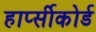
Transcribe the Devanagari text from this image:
हार्प्सीकोर्ड